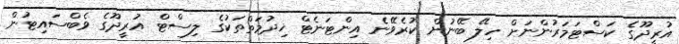
އުރީދޫގެ ކަސްޓަމަރުންނަށް ހިލޭ ބޭނުން ކުރެވޭނެ އިންޓަނެޓް ޚިދުމަތްތަކުގެ ލިސްޓް އުރީދޫގެ ވެބްސައިޓުން